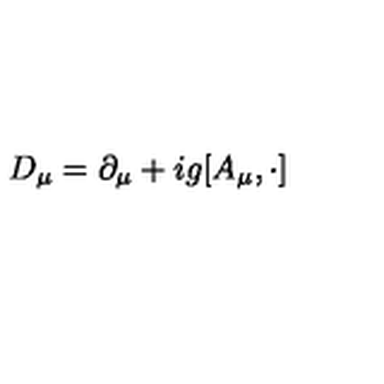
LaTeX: D _ { \mu } = \partial _ { \mu } + i g [ A _ { \mu } , \cdot ]